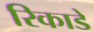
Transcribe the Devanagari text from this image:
रिकाडे